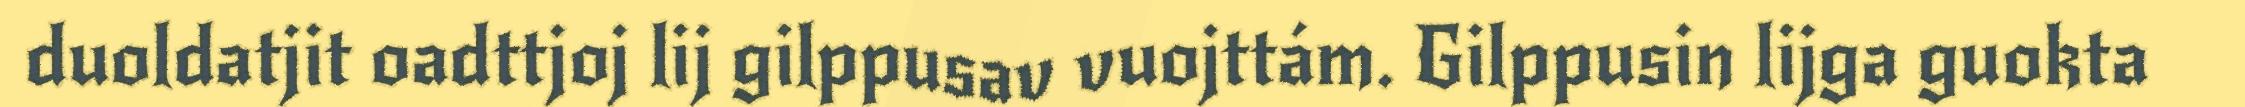
duoldatjit oadttjoj lij gilppusav vuojttám. Gilppusin lijga guokta